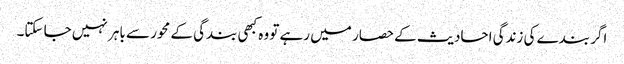
اگر بندے کی زندگی احادیث کے حصار میں رہے تو وہ کبھی بندگی کے محور سے باہر نہیں جا سکتا۔